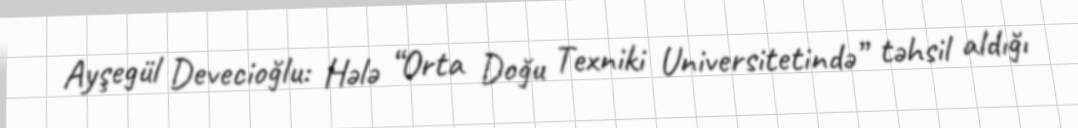
Ayşegül Devecioğlu: Hələ “Orta Doğu Texniki Universitetində” təhsil aldığı